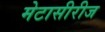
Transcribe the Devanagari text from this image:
मेटासीरीज